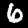
Digit: 6